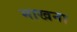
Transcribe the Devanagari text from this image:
माखना